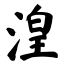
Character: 湟